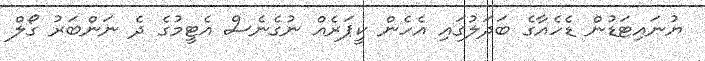
ޔުނައިޓަޑުން ޑެހެއާގެ ބަދަލުގައި އެހެން ކީޕަރެއް ނުގެނެސް އެޓީމުގެ ދެ ނަންބަރު ގޯލް